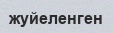
жуйеленген